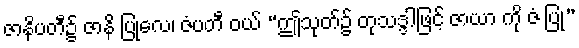
ဇာနိပတီ၌ ဇာနိ ပြုလေ၊ ဇံပတီ ဝယ် “ဤသုတ်၌ တုသဒ္ဒါဖြင့် ဇာယာ ကို ဇံ ပြု”